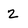
Character: 2